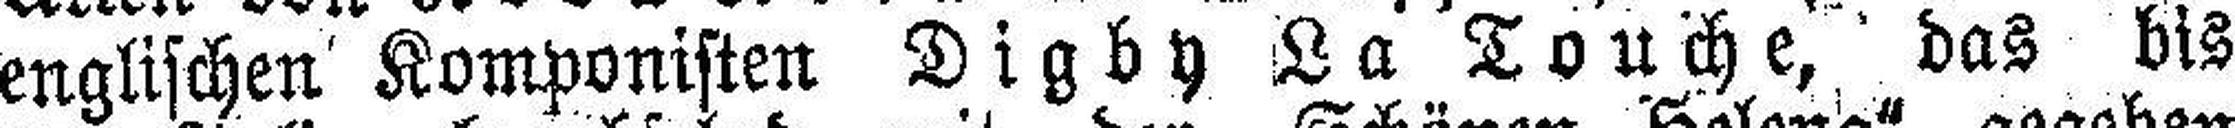
englischen Komponisten Digby La Touche, das bis